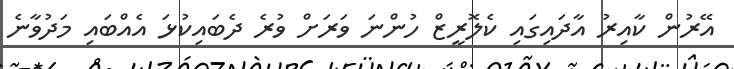
އޭރުން ކާއިރު އާދައިގައި ކެލޮރީޒް ހުންނަ ވަރަށް ވުރެ ދެބައިކުޅަ އެއްބައި މަދުވާނެ